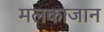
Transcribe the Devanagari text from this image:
मलकाजान